65_HS1-834228961_62-HQ-83894_Section_9
Agency: FBI
Page 290
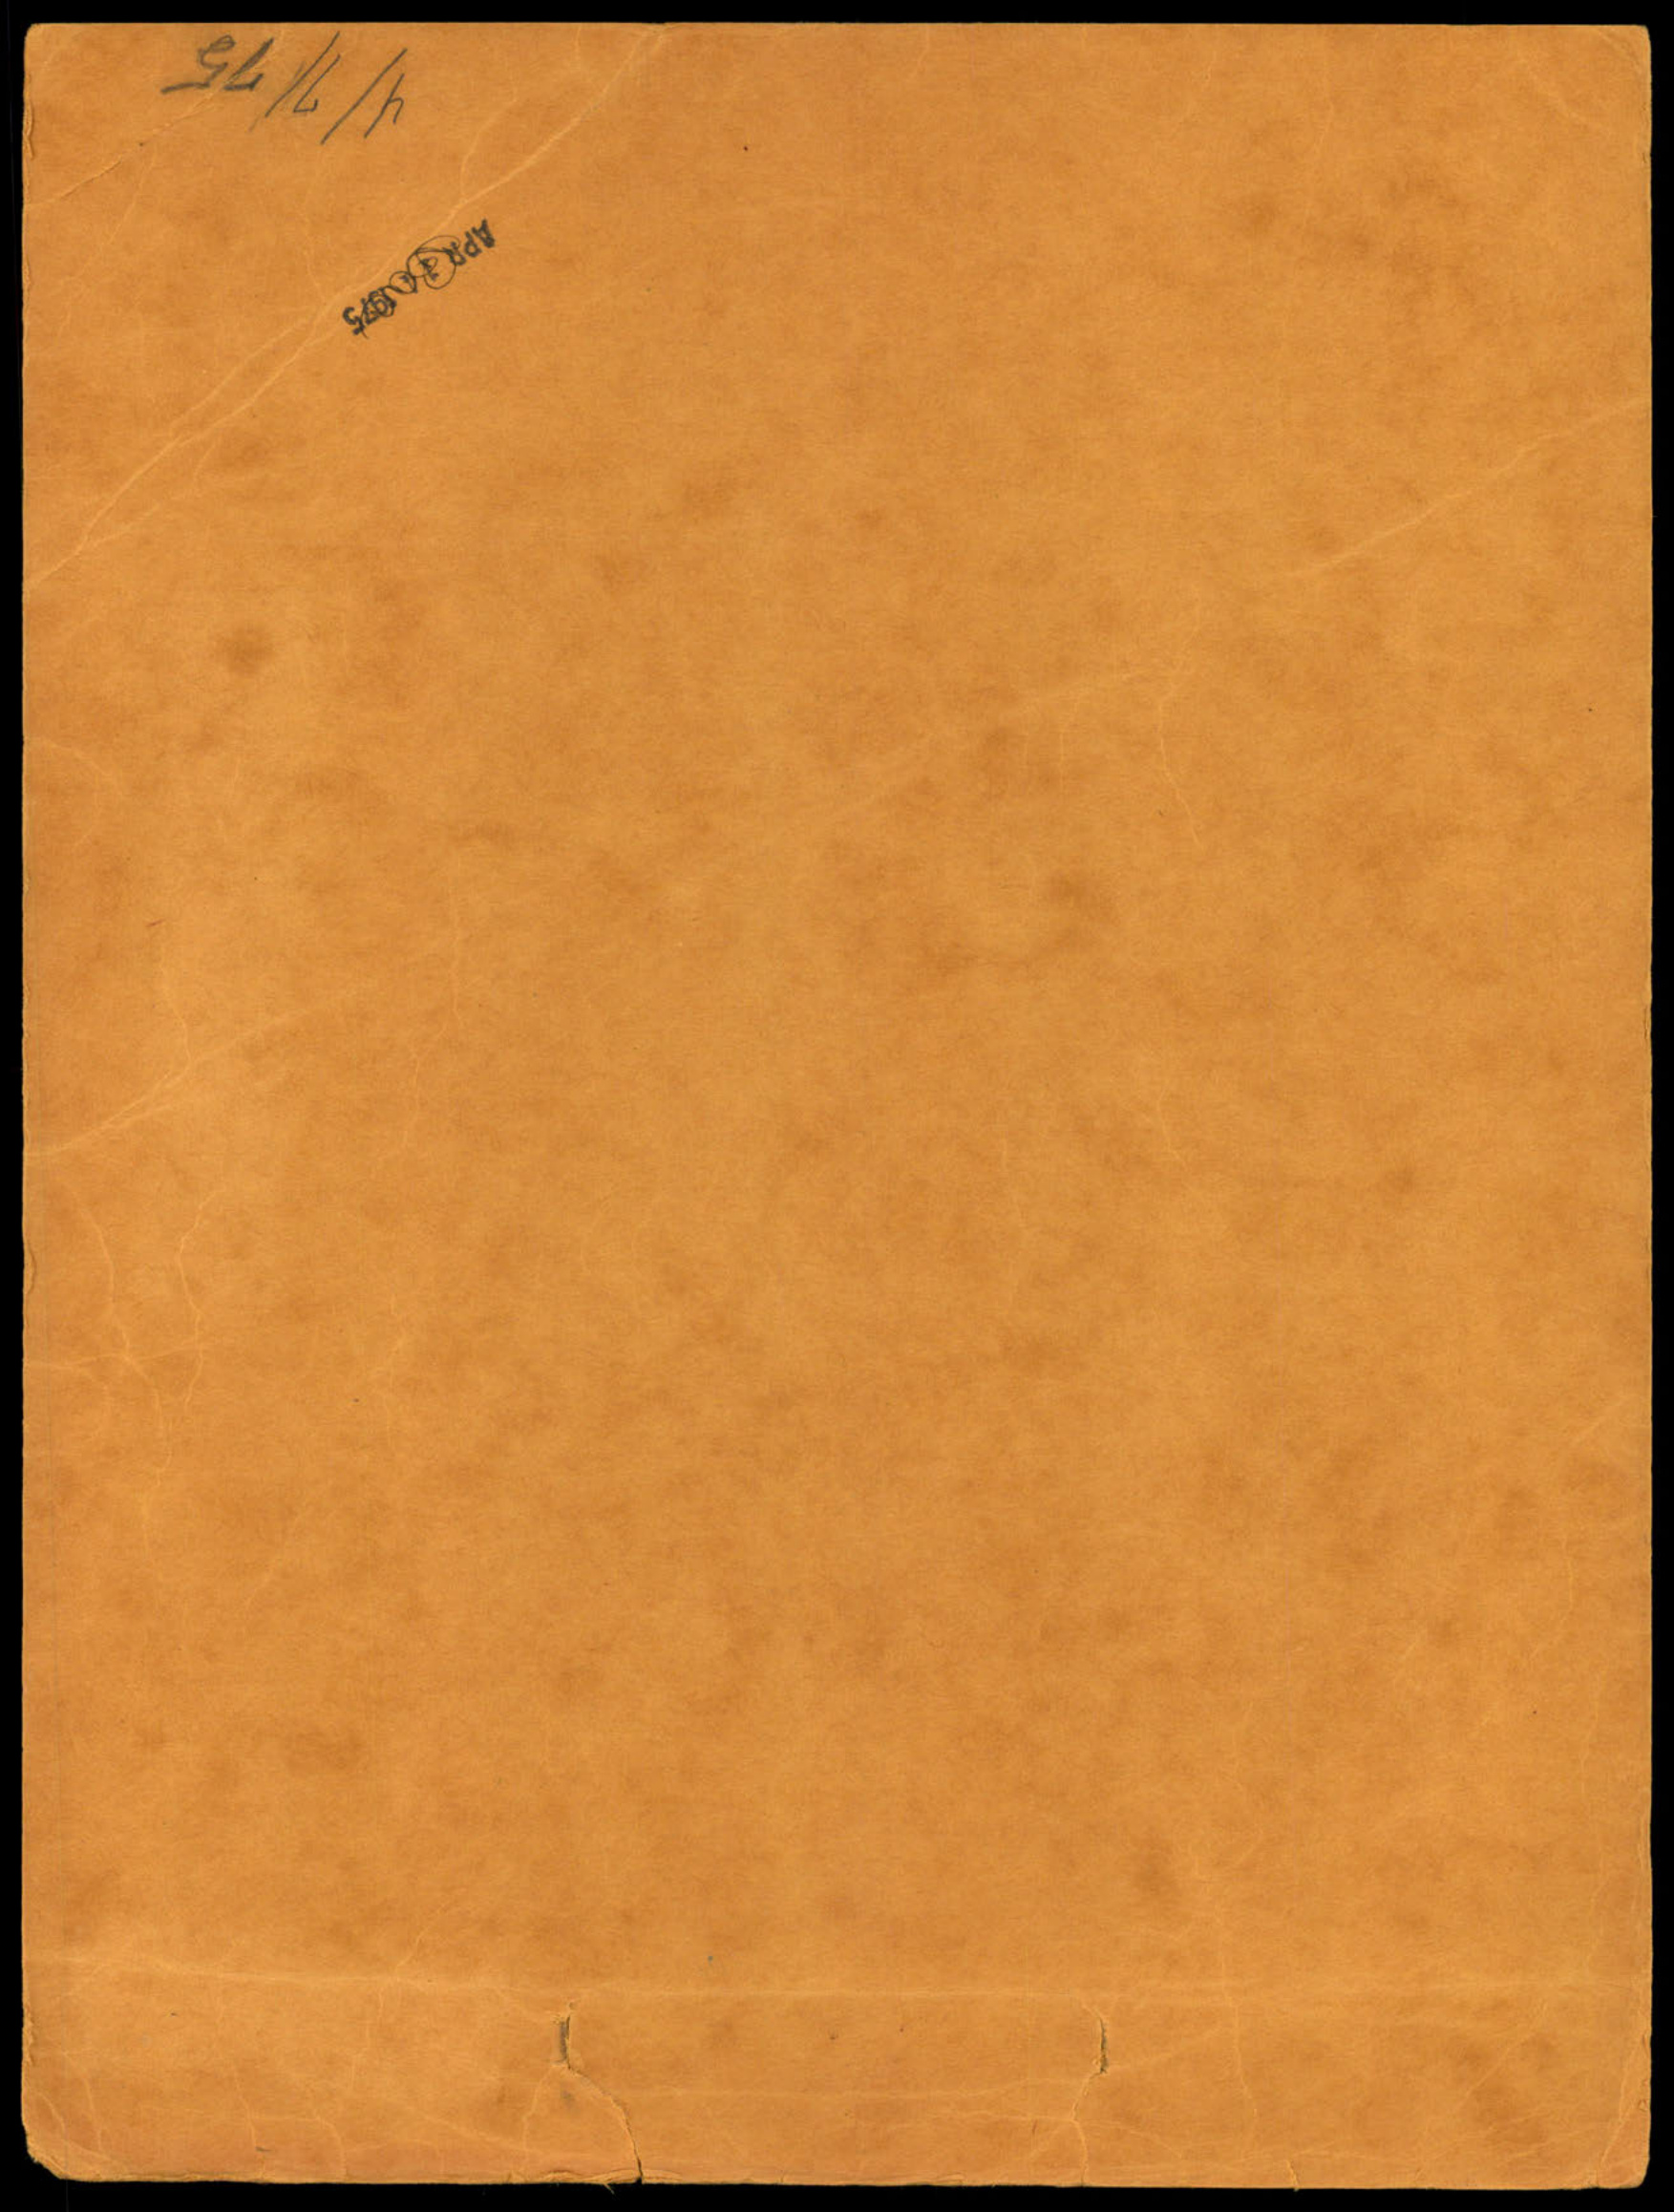